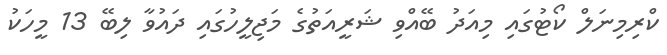
ކްރިމިނަލް ކޯޓުގައި މިއަދު ބޭއްވި ޝަރީއަތުގެ މަޖިލީހުގައި ދައުވާ ލިބޭ 13 މީހަކު